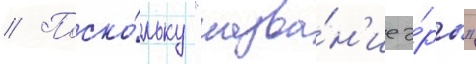
// Поско́льку "назва́н'ие э́ры"